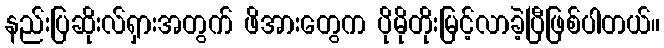
နည်းပြဆိုးလ်ရှားအတွက် ဖိအားတွေက ပိုမိုတိုးမြင့်လာခဲ့ပြီဖြစ်ပါတယ်။